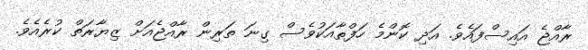
ރާއްޖެ އައިސްފައެވެ. އަދި ކޮންމެ ހަފްތާއަކުވެސް ގިނަ ތަރިން ރާއްޖެއަށް ޒިޔާރަތް ކުރެއެވެ.